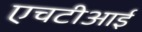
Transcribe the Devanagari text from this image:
एचटीआई